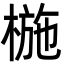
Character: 椸